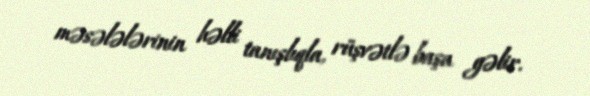
məsələlərinin həlli tanışlıqla, rüşvətlə başa gəlir.